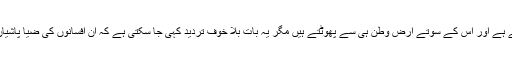
ان اردو افسانوں کا تعلق اگرچہ پاکستانی تہذیب و معاشرت اور سماج سے ہے اور اس کے سوتے ارض وطن ہی سے پھوٹتے ہیں مگر یہ بات بلا خوف تردید کہی جا سکتی ہے کہ ان افسانوں کی ضیا پاشیاں ،اثر آفرینیاں ، اور عطر بیزیاں حدود وقت سے بہت آگے نکل گئی ہیں۔